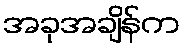
အခုအချိန်က